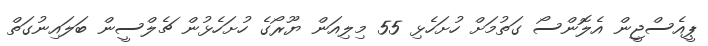
ޕީއެސްޖީން އެލޮންސޯ ގަތުމަށް ހުށަހެޅި 55 މިލިއަން ޔޫރޯގެ ހުށަހެޅުން ޗެލްސީން ބަލައިނުގަތް